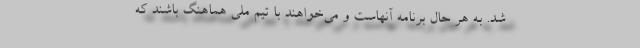
شد. به هر حال برنامه آنهاست و می‌خواهند با تیم ملی هماهنگ باشند که